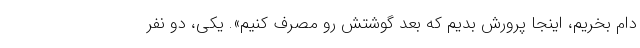
دام بخریم، اینجا پرورش بدیم که بعد گوشتش رو مصرف کنیم». یکی، دو نفر